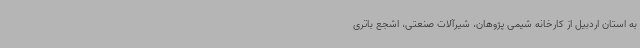
به استان اردبیل از کارخانه شیمی پژوهان، شیرآلات صنعتی، اشجع باتری